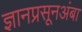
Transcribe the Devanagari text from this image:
ज्ञानप्रसूनअंबा